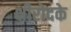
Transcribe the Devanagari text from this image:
क्षीरोदके